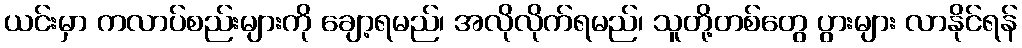
ယင်းမှာ ကလာပ်စည်းများကို ချော့ရမည်၊ အလိုလိုက်ရမည်၊ သူတို့တစ်တွေ ပွားများ လာနိုင်ရန်